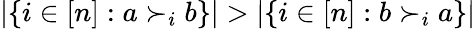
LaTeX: |\{ i\in[n]:a\succ_{i}b\} |>|\{ i\in[n]:b\succ_{i}a\} |